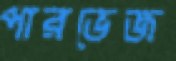
পারভেজ